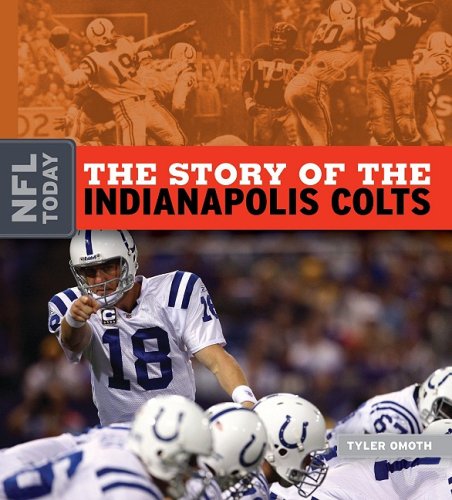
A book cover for The Story of the Indianapolis Colts (NFL Today (Creative)); Tyler Omoth; Teen & Young Adult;